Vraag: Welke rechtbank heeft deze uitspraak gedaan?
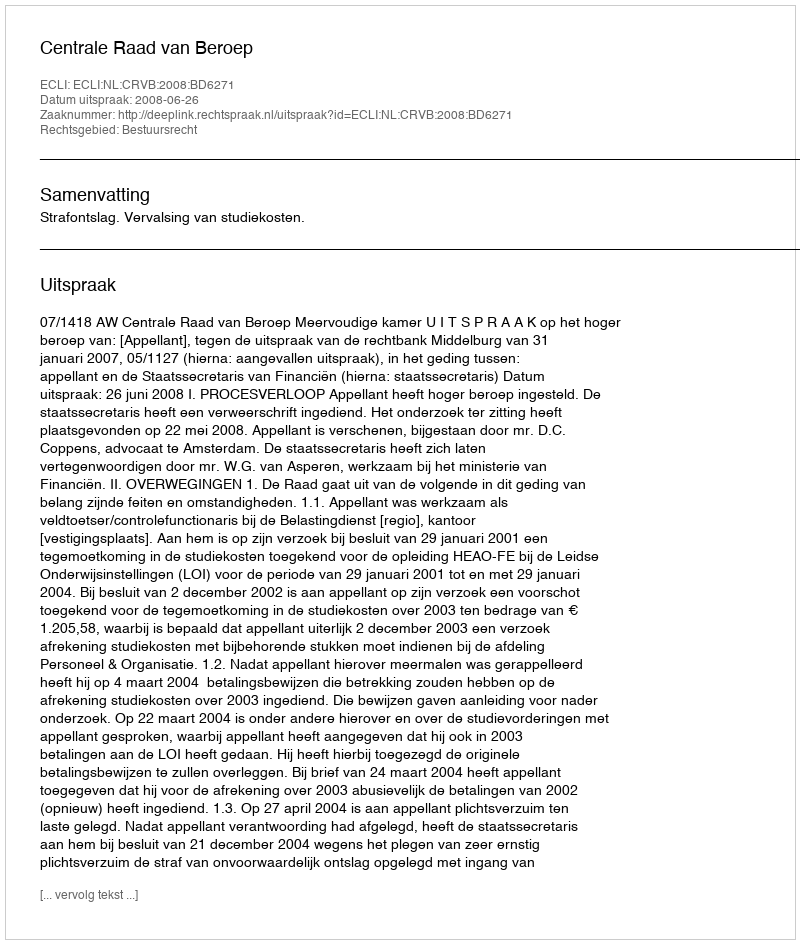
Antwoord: Centrale Raad van Beroep